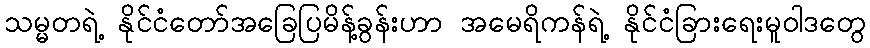
သမ္မတရဲ့ နိုင်ငံတော်အခြေပြမိန့်ခွန်းဟာ အမေရိကန်ရဲ့ နိုင်ငံခြားရေးမူဝါဒတွေ